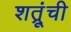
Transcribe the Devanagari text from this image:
शत्रूंची